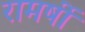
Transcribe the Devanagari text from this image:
रामर्षी